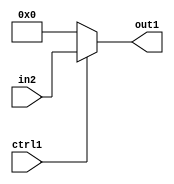
`timescale 1ps / 1ps
/*****************************************************************************
    Verilog RTL Description
    
    
    Created by: Stratus DpOpt 2019.1.01 
*******************************************************************************/

module fix2float_Muxs32i0u1_1 (
	in2,
	ctrl1,
	out1
	); /* architecture "behavioural" */ 
input [31:0] in2;
input  ctrl1;
output [31:0] out1;
wire [31:0] asc001;

reg [31:0] asc001_tmp_0;
assign asc001 = asc001_tmp_0;
always @ (ctrl1 or in2) begin
	case (ctrl1)
		1'B1 : asc001_tmp_0 = in2 ;
		default : asc001_tmp_0 = 32'B00000000000000000000000000000000 ;
	endcase
end

assign out1 = asc001;
endmodule

/* CADENCE  uLb1Tgw= : u9/ySgnWtBlWxVPRXgAZ4Og= ** DO NOT EDIT THIS LINE ******/